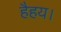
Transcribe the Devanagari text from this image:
हैहय।